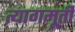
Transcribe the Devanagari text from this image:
त्यागमूर्ती